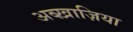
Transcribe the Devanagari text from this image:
अब्ख़ाज़िया